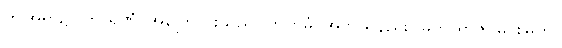
ဤအရာ၌။ ကာရဏံ၊ အကြောင်းသည်။ ကတမံ၊ အဘယ်နည်း။ မဟာရာဇ၊ မင်းမြတ်။